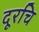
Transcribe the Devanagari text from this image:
दूरचि